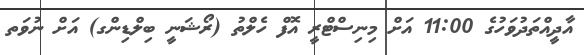
އާދީއްތަދުވަހުގެ 11:00 އަށް މިނިސްޓްރީ އޮފް ހެލްތު (ރޯޝަނީ ބިލްޑިންގ) އަށް ނުވަތ